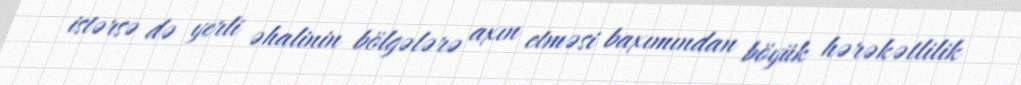
istərsə də yerli əhalinin bölgələrə axın etməsi baxımından böyük hərəkətlilik